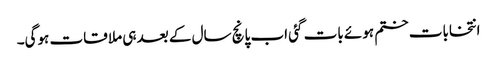
انتخابات ختم ہوئے بات گئی اب پانچ سال کے بعد ہی ملا قات ہوگی۔